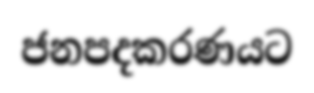
ජනපදකරණයට